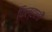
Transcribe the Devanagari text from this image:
फिल्हाली